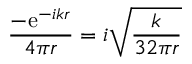
{ \frac { - \mathrm { e } ^ { - i k r } } { 4 \pi r } } = i { \sqrt { \frac { k } { 3 2 \pi r } } }